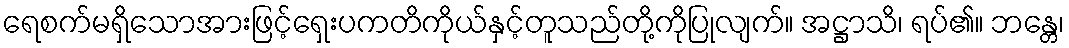
ရေစက်မရှိသောအားဖြင့်ရှေးပကတိကိုယ်နှင့်တူသည်တို့ကိုပြုလျက်။ အဋ္ဌာသိ၊ ရပ်၏။ ဘန္တေ၊